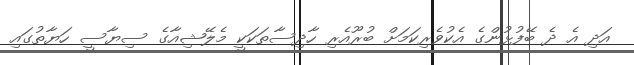
އަދި އެ ދެ ބޭފުޅުންގެ އެކުވެރިކަމަށް ބުރޫއެރި ހާދިސާތަކަކީ މެލޭޝިއާގެ ސިޔާސީ ހަޔާތުގައި